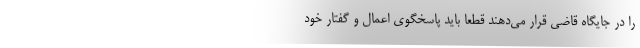
را در جایگاه قاضی قرار می‌دهند قطعا باید پاسخگوی اعمال و گفتار خود